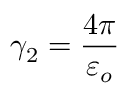
\gamma _ { 2 } = \frac { 4 \pi } { \varepsilon _ { o } }